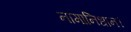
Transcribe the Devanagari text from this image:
नामानिधान।